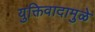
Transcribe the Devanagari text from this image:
युक्तिवादामुळे